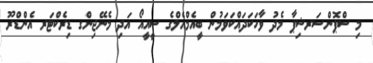
މި ސްޕޮންސަރޝިޕާ މެދު ވާހަކަދައްކަވަމުން ބީއެމްއެލްގެ ސީއީއޯ އަދި މެނޭޖިންގ ޑިރެކްޓަރ އެންޑްރޫ